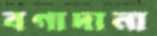
বগাদানা